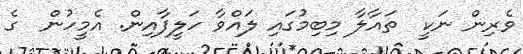
ވެރިން ނަކީ  ތައާލާ މިބިމުގައި ލައްވާ ހަލީފާއިން. އެމީހުން  ގެ